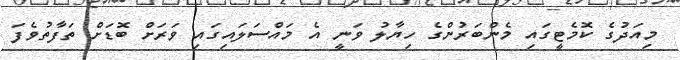
މިއަދުގެ ކޮމެޓީގައި މެންބަރުންގެ ހިޔާލު ވަނީ އެ މައްސަލައިގައި ވަރަށް ބޮޑަށް ތަފާތުވެފަ